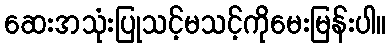
ဆေးအသုံးပြုသင့်မသင့်ကိုမေးမြန်းပါ။